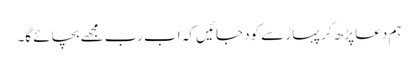
ہم دعا پڑھ کر پہاڑ سے کود جائیں کہ اب رب مجھے بچائے گا۔